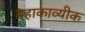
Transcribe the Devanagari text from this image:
महाकाव्यीक